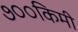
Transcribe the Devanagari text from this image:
७००किमी